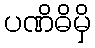
ပဏိဓိမှိ